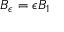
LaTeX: B _ { \epsilon } = \epsilon B _ { 1 }